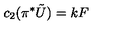
c _ { 2 } ( \pi ^ { * } \tilde { U } ) = k F